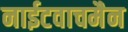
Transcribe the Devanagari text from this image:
नाईटवाचमैन